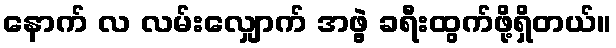
နောက် လ လမ်းလျှောက် အဖွဲ့ ခရီးထွက်ဖို့ရှိတယ်။